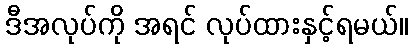
ဒီအလုပ်ကို အရင် လုပ်ထားနှင့်ရမယ်။